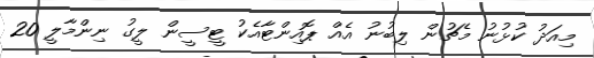
މިއަދު ކުޅުނު މެޗުން ލިބުނު އެއް ޕޮއިންޓާއެކު ޓީސީން ލީގު ނިންމާލީ 20